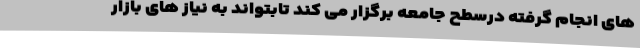
های انجام گرفته درسطح جامعه برگزار می کند تابتواند به نیاز های بازار